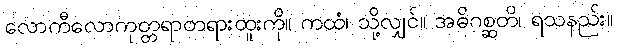
လောကီလောကုတ္တရာတရားထူးကို။ ကထံ၊ သို့လျှင်။ အဓိဂစ္ဆတိ၊ ရသနည်း။